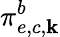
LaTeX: \pi_{e,c,\mathbf{k}}^{b}